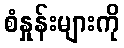
စံနှုန်းများကို